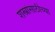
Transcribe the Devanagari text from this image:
शस्त्रांसाठीच्या